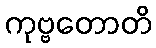
ကုဗ္ဗတောတိ